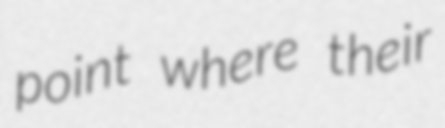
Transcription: point where their